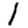
Digit: 1